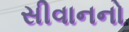
સીવાનનો